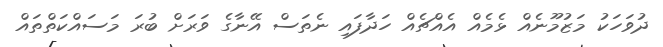
ދުވަހަކު މަޒުމޫނެއް ޅެމެއް އެއްޗެއް ހަދާފައި ނެތަސް އޭނާގެ ވަރަށް ބުރަ މަސައްކަތްތައް